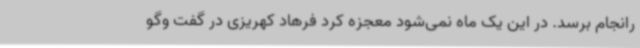
رانجام برسد. در این یک ماه نمی‌شود معجزه کرد فرهاد کهریزی در گفت وگو